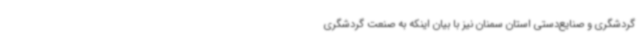
گردشگری و صنایع‌دستی استان سمنان نیز با بیان اینکه به صنعت گردشگری